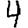
Digit: 4